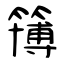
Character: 簙